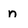
Character: n